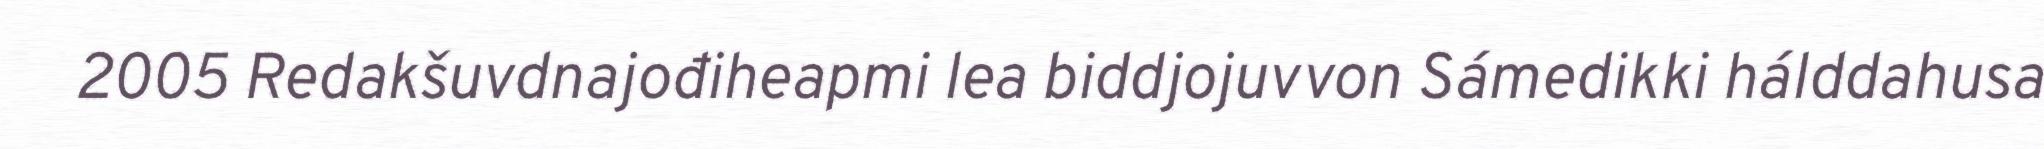
2005 Redakšuvdnajođiheapmi lea biddjojuvvon Sámedikki hálddahusa